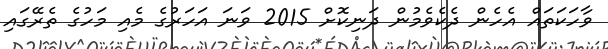
ވާހަކަތައް އެހެން ދެކެވެމުން ދަނިކޮށް 2015 ވަނަ އަހަރުގެ މެއި މަހުގެ ތެރޭގައި